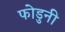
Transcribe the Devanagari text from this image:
फोडुनी